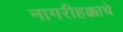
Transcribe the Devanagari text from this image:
नागरीहक्काचे